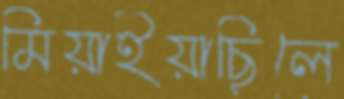
মিয়াইয়াছিলে